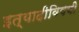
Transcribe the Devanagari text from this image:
इत्यादीविषयी